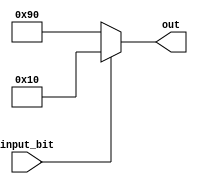
/****************************************************

converts 1 to 1 represented by [0 0 0 1 0 0 0 0]
converts 0 to -1 represented by [1 0 0 1 0 0 0 0]

****************************************************/


module convert_bit_to_8bit(input_bit, out);
	input input_bit;
	output reg[7:0] out;
	always @(*) begin
	if (input_bit==1) begin
		out <= 8'b00010000;
	end
	else begin
		out <=8'b10010000;
	end
	end
endmodule